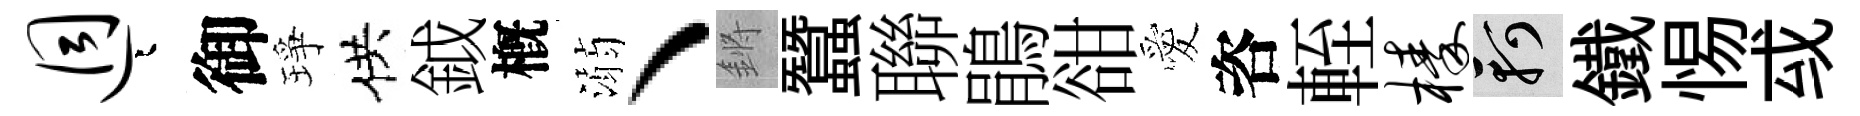
迥迢御琤供鉞槪溺丶鏘蠶聯鵑𧮳愛咨輊榛軻鐵惕㦯